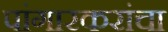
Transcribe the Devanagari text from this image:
पांगारकरांचा